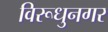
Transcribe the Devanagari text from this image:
विरूधुनगर